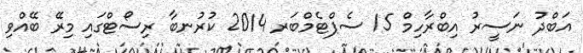
އަބްދު ނަސީރު އިބްރާހިމް 15 ސެޕްޓެމްބަރ 2014 ކުރުނބާ ރިސޯޓްގައި މިރޭ ބޭއްވި